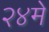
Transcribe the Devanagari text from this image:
२४मे